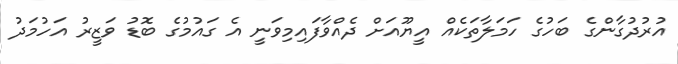
އުރުދުގާންގެ ބަހުގެ ހަމަލާތަކެއް އީޔޫއަށް ދެއްވާފައިމިވަނީ އެ ގައުމުގެ ބޮޑު ވަޒީރު އަހުމަދު